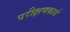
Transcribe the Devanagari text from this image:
परीक्षणकार्य